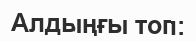
Алдыңғы топ: